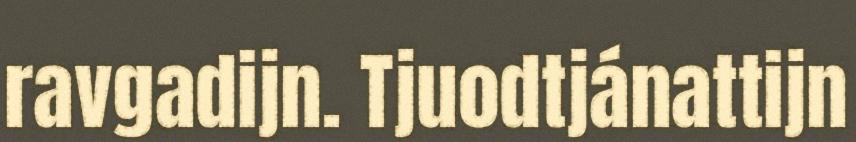
ravgadijn. Tjuodtjánattijn